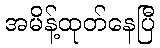
အမိန့်ထုတ်နေပြီ